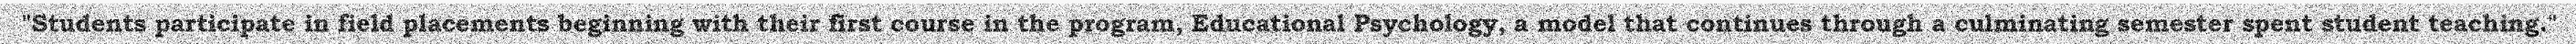
"Students participate in field placements beginning with their first course in the program, Educational Psychology, a model that continues through a culminating semester spent student teaching."